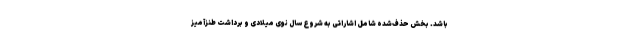
باشد. بخش حذف‌شده شامل اشاراتی به شروع سال نوی میلادی و برداشت طنزآمیز